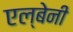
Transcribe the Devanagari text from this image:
एल्बेनी